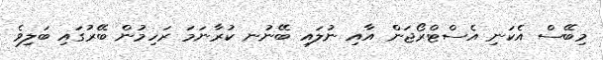
މިބޭސް އެކަނި އެސްޓްރޯޖަން އާއި ނުލައި ބޭނުނ ކުރާނަމަ ރަހިމުން ބޭރުގައި ބަލިވެ